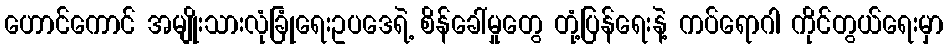
ဟောင်ကောင် အမျိုးသားလုံခြုံရေးဥပဒေရဲ့ စိန်ခေါ်မှုတွေ တုံ့ပြန်ရေးနဲ့ ကပ်ရောဂါ ကိုင်တွယ်ရေးမှာ